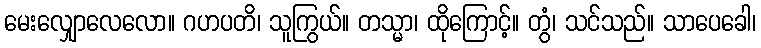
မေးလျှောလေလော။ ဂဟပတိ၊ သူကြွယ်။ တသ္မာ၊ ထိုကြောင့်။ တွံ၊ သင်သည်။ သာပေခေါ၊